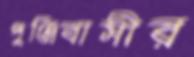
পুঞ্জিবাসীর